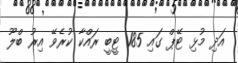
އަދި މުޅި ޓޭޕް ގައި 185 ޓީބީ ރައްކާ ކުރެވޭ އިރު ބްލޫ